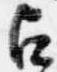
占